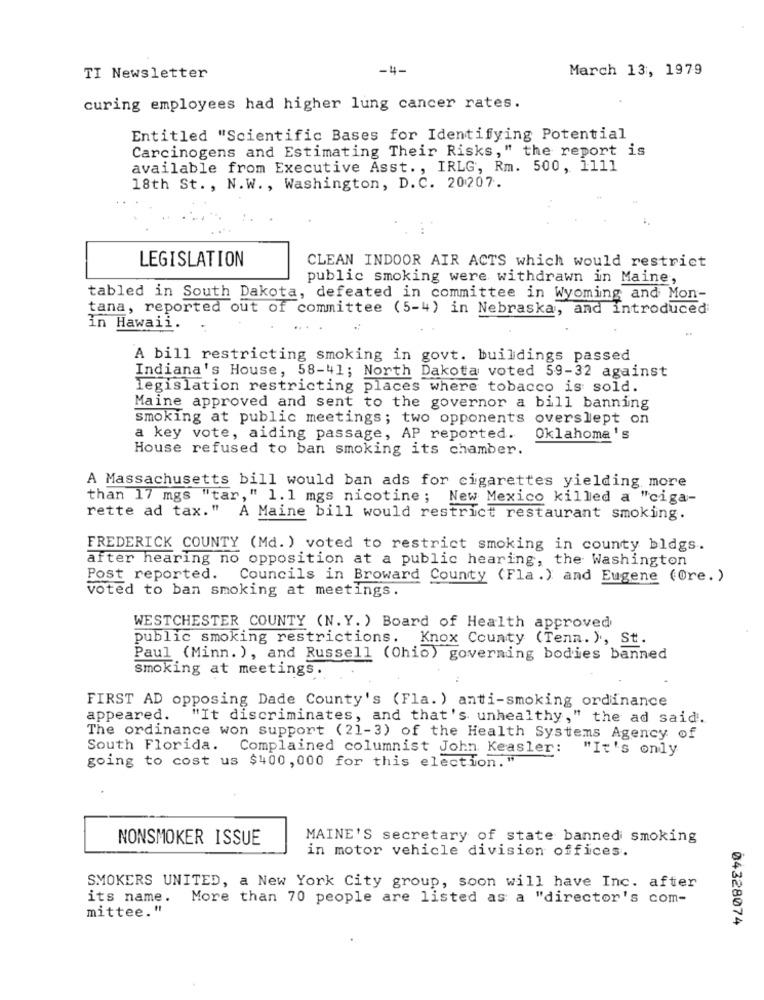
-4-
March 13, 1979
TI Newsletter
curing employees had higher lung cancer rates.
Entitled "Scientific Bases for Identifying Potential
Carcinogens and Estimating Their Risks," the report is
available from Executive Asst ., IRLG, Rm. 500, 1111
18th St ., N.W ., Washington, D. C. 20207.
LEGISLATION
CLEAN INDOOR AIR ACTS which would restrict
public smoking were withdrawn in Maine,
tabled in South Dakota, defeated in committee in Wyoming and Mon-
tana, reported out of committee (5-4) in Nebraska, and introduced
in Hawaii.
A bill restricting smoking in govt. buildings passed
Indiana's House, 58-41; North Dakota voted 59-32 against
legislation restricting places where tobacco is sold.
Maine approved and sent to the governor a bill banning
smoking at public meetings; two opponents overslept on
a key vote, aiding passage, AP reported.
Oklahoma 's
House refused to ban smoking its chamber.
A Massachusetts bill would ban ads for cigarettes yielding more
than 17 mgs "tar," 1.1 mgs nicotine; New Mexico killed a "ciga-
rette ad tax."
A Maine bill would restrict restaurant smoking.
FREDERICK COUNTY (Md. ) voted to restrict smoking in county bldgs.
after hearing no opposition at a public hearing, the Washington
Post reported. Councils in Broward County (Fla.) and Eugene (Ore.)
voted to ban smoking at meetings.
WESTCHESTER COUNTY (N. Y. ) Board of Health approved
public smoking restrictions. Knox County (Tenn. ), St.
Paul (Minn. ) , and Russell (Ohio) governing bodies banned
smoking at meetings.
FIRST AD opposing Dade County's (Fla. ) anti-smoking ordinance
appeared.
"It discriminates, and that's unhealthy," the ad said.
The ordinance won support (21-3) of the Health Systems Agency of
South Florida. Complained columnist John Keasler:
"It's only
going to cost us $400, 000 for this election."
NONSMOKER ISSUE
MAINE'S secretary of state banned smoking
in motor vehicle division offices.
SMOKERS UNITED, a New York City group, soon will have Inc. after
its name.
More than 70 people are listed as a "director's com-
mittee."
04328074